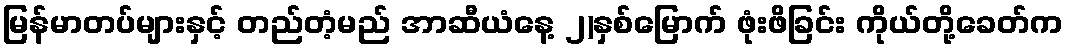
မြန်မာတပ်များနှင့် တည်တံ့မည် အာဆီယံနေ့ ၂)နှစ်မြောက် ဖုံးဖိခြင်း ကိုယ်တို့ခေတ်က